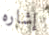
إشاره